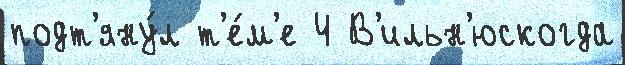
подт'яну́л т'е́м'е 4 В'ильн'юскогда